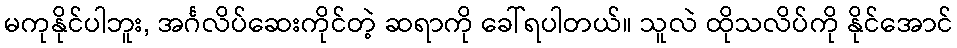
မကုနိုင်ပါဘူး, အင်္ဂလိပ်ဆေးကိုင်တဲ့ ဆရာကို ခေါ်ရပါတယ်။ သူလဲ ထိုသလိပ်ကို နိုင်အောင်